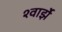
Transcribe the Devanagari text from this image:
श्वार्झे